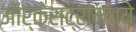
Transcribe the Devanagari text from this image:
ऑर्केस्ट्रांमध्ये